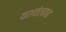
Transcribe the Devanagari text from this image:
यशवंतबाबा